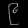
Digit: ၉